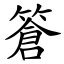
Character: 篬